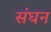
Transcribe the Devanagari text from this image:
संघन